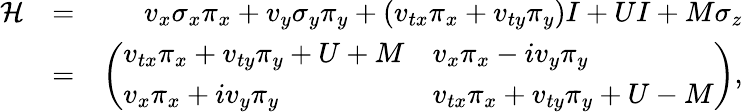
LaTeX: \begin{array}{rlr}{{\mathcal H}}&{=}&{v_{x}\sigma_{x}\pi_{x}+v_{y}\sigma_{y}\pi_{y}+\left(v_{tx}\pi_{x}+v_{ty}\pi_{y}\right)I+UI+M\sigma_{z}}\\ &{=}&{\left(\begin{array}{ll}{v_{tx}\pi_{x}+v_{ty}\pi_{y}+U+M}&{v_{x}\pi_{x}-iv_{y}\pi_{y}}\\ {v_{x}\pi_{x}+iv_{y}\pi_{y}}&{v_{tx}\pi_{x}+v_{ty}\pi_{y}+U-M}\end{array}\right),}\end{array}